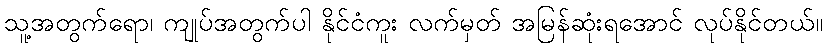
သူ့အတွက်ရော၊ ကျုပ်အတွက်ပါ နိုင်ငံကူး လက်မှတ် အမြန်ဆုံးရအောင် လုပ်နိုင်တယ်။